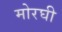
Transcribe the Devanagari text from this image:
मोरघी